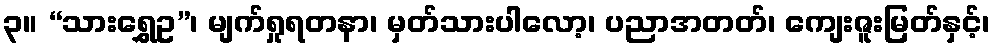
၃။ “သားရွှေဥ”၊ မျက်ရှုရတနာ၊ မှတ်သားပါလော့၊ ပညာအတတ်၊ ကျေးဇူးမြတ်နှင့်၊